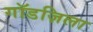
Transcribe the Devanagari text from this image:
गॉडज़िला